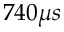
7 4 0 \mu s